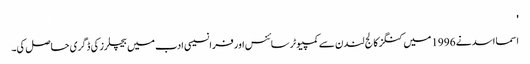
'
اسما اسد نے 1996 میں کنگز کالج لندن سے کمپیوٹر سائنس اور فرانسیسی ادب میں بیچلرز کی ڈگری حاصل کی۔